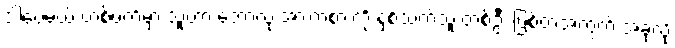
ဒါပေမယ့် တစ်ဖက်မှာ သူဟာ ဘောလုံးအားကစားကို နှစ်သက်သူ တစ်ဦး ဖြစ်တဲ့အတွက် အခုလို